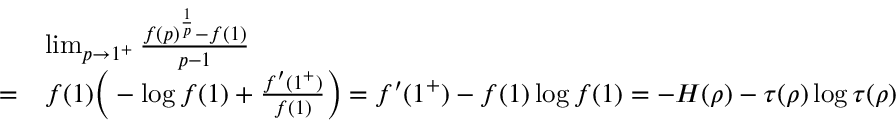
\begin{array} { r l } & { \operatorname* { l i m } _ { p \to 1 ^ { + } } \frac { f ( p ) ^ { \frac { 1 } { p } } - f ( 1 ) } { p - 1 } } \\ { = } & { f ( 1 ) \Big ( - \log f ( 1 ) + \frac { f ^ { \prime } ( 1 ^ { + } ) } { f ( 1 ) } \Big ) = f ^ { \prime } ( 1 ^ { + } ) - f ( 1 ) \log f ( 1 ) = - H ( \rho ) - \tau ( \rho ) \log \tau ( \rho ) } \end{array}